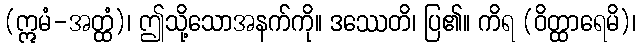
(ဣမံ-အတ္ထံ)၊ ဤသို့သောအနက်ကို။ ဒဿေတိ၊ ပြ၏။ ကိရ (ဝိတ္ထာရေမိ)၊